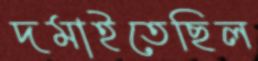
দমাইতেছিল